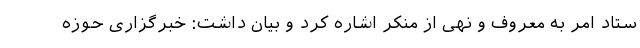
ستاد امر به معروف و نهی از منکر اشاره کرد و بیان داشت: خبرگزاری حوزه